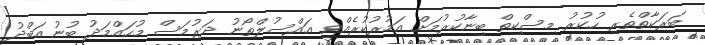
ބަރަކާތްތެރި ހުކުރު މިސްކިތް ބިނާކުރުމަށް އަމުރުކުރެއްވީ އައްސުލްތޯނު ދަރުމަސް މުހައްމަދު ބުނު އަބްދު